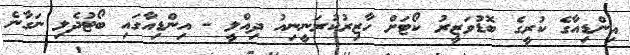
އިންޑިއާގެ ކުރީގެ ބޮޑުވަޒީރު ކޯޓަށް ހާޒިރުކުރަނީނިއު ދިއްލީ - އިންޑިއާގައި ބޯޓުދެލި ނަގާނެ